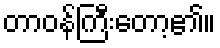
တာဝန်ကြီးတော့၏။